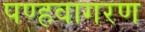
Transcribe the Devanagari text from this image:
पण्हवागरण